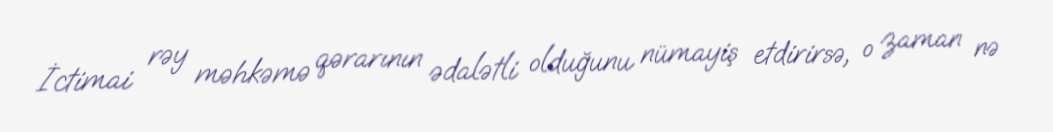
İctimai rəy məhkəmə qərarının ədalətli olduğunu nümayiş etdirirsə, o zaman nə